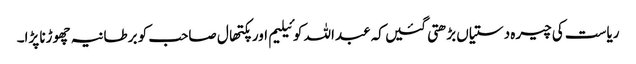
ریاست کی چیرہ دستیاں بڑھتی گئیں کہ عبداللہ کوئیلیم اور پکتھال صاحب کو برطانیہ چھوڑنا پڑا۔